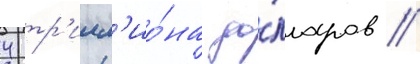
4 тр'илл'ио́на до́лларов //